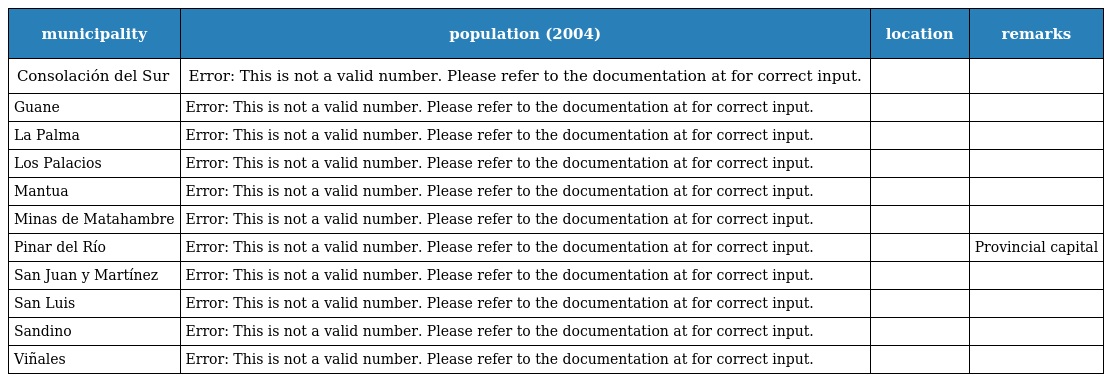
| municipality | population (2004) | location | remarks |
 | --- | --- | --- | --- |
 | Consolación del Sur | Error: This is not a valid number. Please refer to the documentation at for correct input. |  |  |
 | Guane | Error: This is not a valid number. Please refer to the documentation at for correct input. |  |  |
 | La Palma | Error: This is not a valid number. Please refer to the documentation at for correct input. |  |  |
 | Los Palacios | Error: This is not a valid number. Please refer to the documentation at for correct input. |  |  |
 | Mantua | Error: This is not a valid number. Please refer to the documentation at for correct input. |  |  |
 | Minas de Matahambre | Error: This is not a valid number. Please refer to the documentation at for correct input. |  |  |
 | Pinar del Río | Error: This is not a valid number. Please refer to the documentation at for correct input. |  | Provincial capital |
 | San Juan y Martínez | Error: This is not a valid number. Please refer to the documentation at for correct input. |  |  |
 | San Luis | Error: This is not a valid number. Please refer to the documentation at for correct input. |  |  |
 | Sandino | Error: This is not a valid number. Please refer to the documentation at for correct input. |  |  |
 | Viñales | Error: This is not a valid number. Please refer to the documentation at for correct input. |  |  |